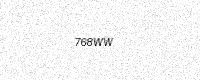
Text: 768WW